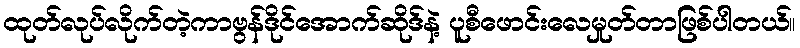
ထုတ်လုပ်လိုက်တဲ့ကာဗွန်ဒိုင်အောက်ဆိုဒ်နဲ့ ပူစီဖောင်းလေမှုတ်တာဖြစ်ပါတယ်။